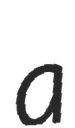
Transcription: a